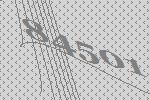
84501